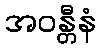
အဝန္တီနံ